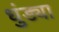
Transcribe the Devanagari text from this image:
धुंड्या